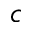
c